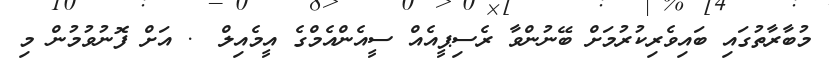
މުބާރާތުގައި ބައިވެރިކުރުމަށް ބޭނުންވާ ރެސިޕީއެއް ސީއެންއެމްގެ އީމެއިލް @. އަށް ފޮނުވުމުން މި